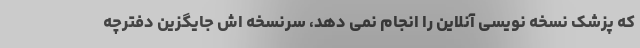
که پزشک نسخه نویسی آنلاین را انجام نمی دهد، سرنسخه اش جایگزین دفترچه